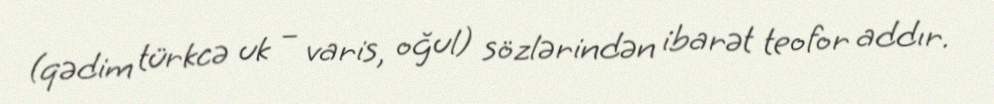
(qədim türkcə uk – varis, oğul) sözlərindən ibarət teofor addır.